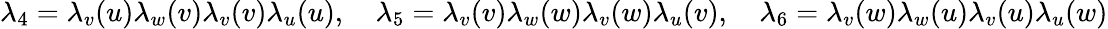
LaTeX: \lambda_{4}=\lambda_{v}(u)\lambda_{w}(v)\lambda_{v}(v)\lambda_{u}(u),\quad\lambda_{5}=\lambda_{v}(v)\lambda_{w}(w)\lambda_{v}(w)\lambda_{u}(v),\quad\lambda_{6}=\lambda_{v}(w)\lambda_{w}(u)\lambda_{v}(u)\lambda_{u}(w)